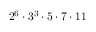
2 ^ { 6 } \cdot 3 ^ { 3 } \cdot 5 \cdot 7 \cdot 1 1